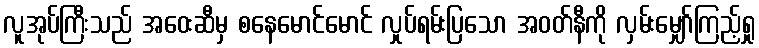
လူအုပ်ကြီးသည် အဝေးဆီမှ စနေမောင်မောင် လှုပ်ရမ်းပြသော အဝတ်နီကို လှမ်းမျှော်ကြည့်ရှု